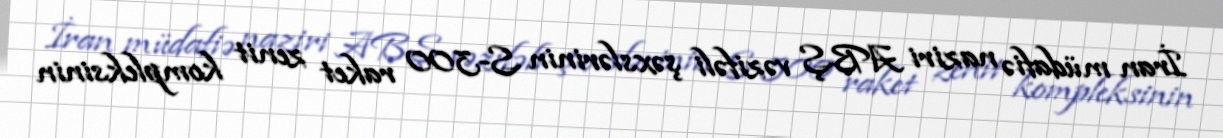
İran müdafiə naziri ABŞ vəzifəli şəxslərinin S-300 raket zenit kompleksinin